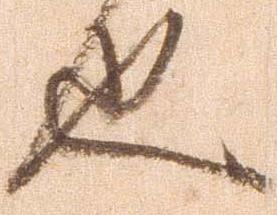
也